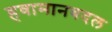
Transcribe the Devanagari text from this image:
हवामानबदल